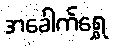
အခေါက်ရွှေ